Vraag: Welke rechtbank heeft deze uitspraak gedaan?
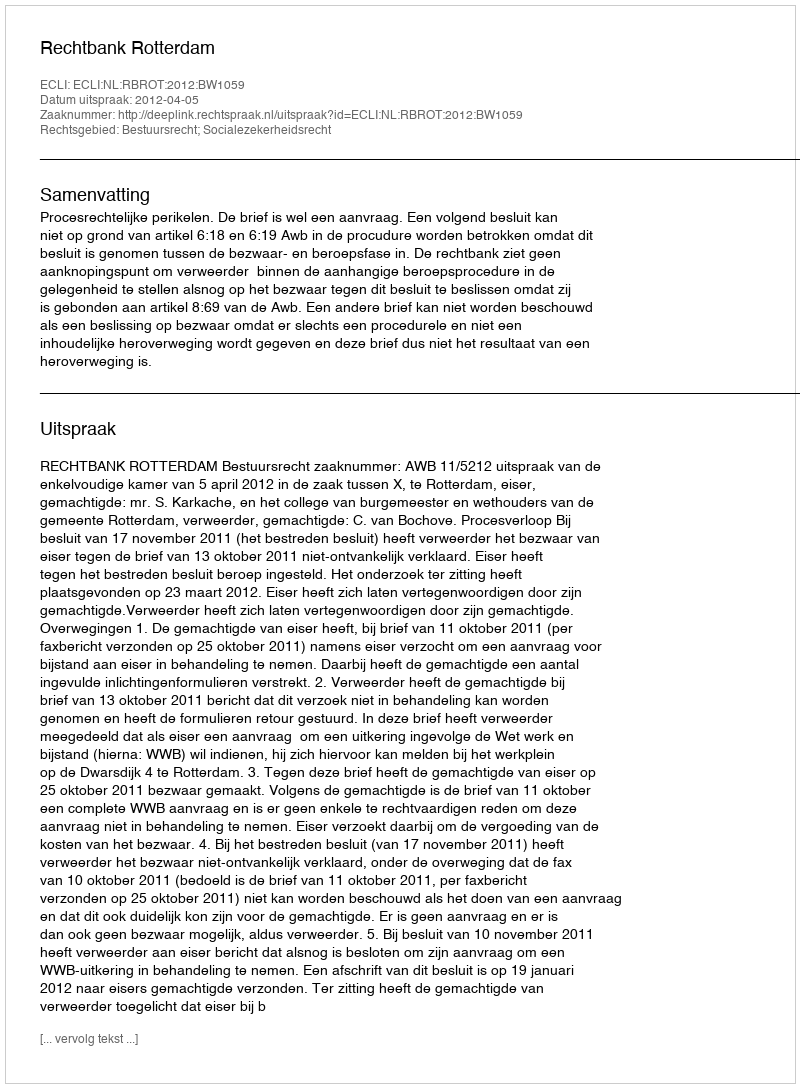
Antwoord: Rechtbank Rotterdam